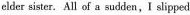
elder sister.All of a sudden,I slipped